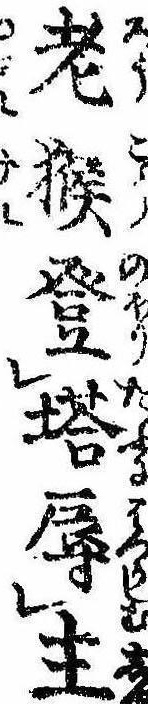
老猴登塔辱主